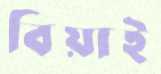
বিয়াই